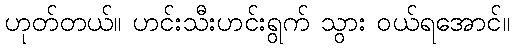
ဟုတ်တယ်။ ဟင်းသီးဟင်းရွက် သွား ဝယ်ရအောင်။